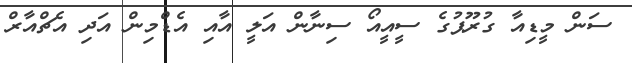
ސަން މީޑިއާ ގުރޫޕުގެ ސީއީއޯ ސިނާން އަލީ އާއި އެޑްމިން އަދި އެޗްއާރް